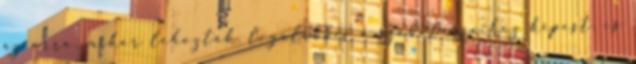
az orra, mikor lehozták, legalábbis a szobatársaihoz képest, és